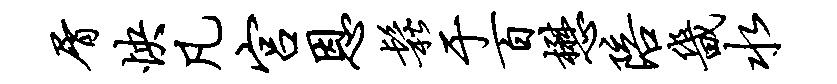
屑怏凡宫恩松于百懋陪畿水